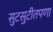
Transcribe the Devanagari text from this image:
सुटसुटीतपणा